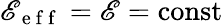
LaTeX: \mathscr{E}_{\mathrm{{~e~f~f~}}}=\mathscr{E}=\operatorname{const}